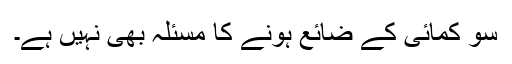
سو کمائی کے ضائع ہونے کا مسئلہ بھی نہیں ہے۔